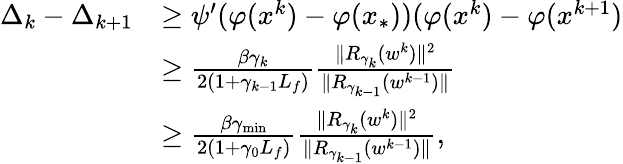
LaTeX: \begin{array}{rl}{\Delta_{k}-\Delta_{k+1}}&{\ge\psi^{\prime}(\varphi(x^{k})-\varphi(x_{*}))(\varphi(x^{k})-\varphi(x^{k+1})}\\ &{\ge\frac{\beta\gamma_{k}}{2(1+\gamma_{k-1}L_{f})}\frac{\| R_{\gamma_{k}}(w^{k})\| ^{2}}{\| R_{\gamma_{k-1}}(w^{k-1})\| }}\\ &{\ge\frac{\beta\gamma_{\mathrm{min}}}{2(1+\gamma_{0}L_{f})}\frac{\| R_{\gamma_{k}}(w^{k})\| ^{2}}{\| R_{\gamma_{k-1}}(w^{k-1})\| },}\end{array}